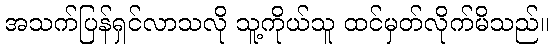
အသက်ပြန်ရှင်လာသလို သူ့ကိုယ်သူ ထင်မှတ်လိုက်မိသည်။